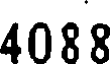
4088